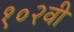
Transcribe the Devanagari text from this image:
१०२वी